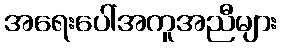
အရေးပေါ်အကူအညီများ